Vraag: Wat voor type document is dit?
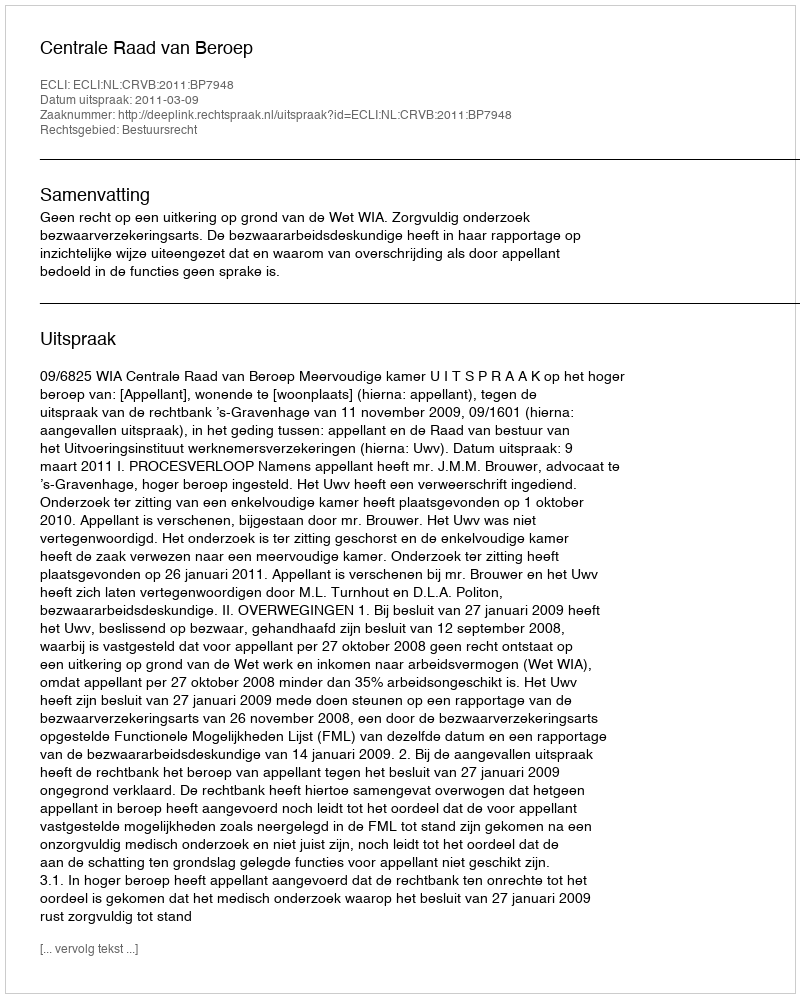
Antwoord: Uitspraak